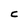
Character: c